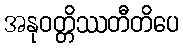
အနုဝတ္တိဿတီတိပေ